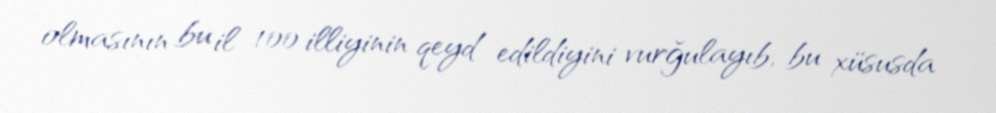
olmasının bu il 100 illiyinin qeyd edildiyini vurğulayıb, bu xüsusda